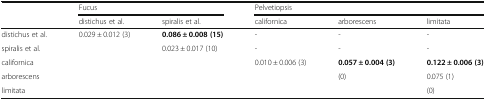
<table><thead><tr><td></td><td colspan="2"><b>Fucus</b></td><td colspan="3"><b>Pelvetiopsis</b></td></tr><tr><td></td><td><b>distichus et al.</b></td><td><b>spiralis et al.</b></td><td><b>californica</b></td><td><b>arborescens</b></td><td><b>limitata</b></td></tr></thead><tbody><tr><td>distichus et al.</td><td>0.029 ± 0.012 (3)</td><td><b>0.086 ± 0.008 (15)</b></td><td>-</td><td>-</td><td>-</td></tr><tr><td>spiralis et al.</td><td></td><td>0.023 ± 0.017 (10)</td><td>-</td><td>-</td><td>-</td></tr><tr><td>californica</td><td></td><td></td><td>0.010 ± 0.006 (3)</td><td><b>0.057 ± 0.004 (3)</b></td><td><b>0.122 ± 0.006 (3)</b></td></tr><tr><td>arborescens</td><td></td><td></td><td></td><td>(0)</td><td>0.075 (1)</td></tr><tr><td>limitata</td><td></td><td></td><td></td><td></td><td>(0)</td></tr></tbody></table>